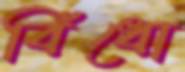
বিঁধো